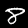
Digit: 8